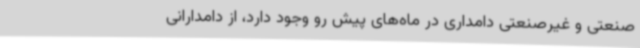
صنعتی و غیرصنعتی دامداری در ماه‌های پیش رو وجود دارد، از دامدارانی